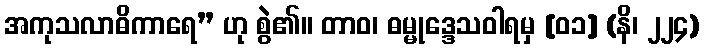
အကုသလာဓိကာရေ” ဟု စွဲ၏။ တာဝ၊ ဓမ္မုဒ္ဒေသဝါရမှ [၀၁] (နိ၊ ၂၂၄)